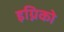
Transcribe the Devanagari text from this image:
इग्निको